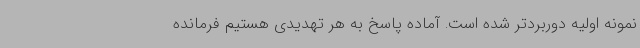
نمونه اولیه دوربردتر شده است. آماده پاسخ به هر تهدیدی هستیم فرمانده